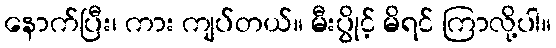
နောက်ပြီး၊ ကား ကျပ်တယ်။ မီးပွိုင့် မိရင် ကြာလို့ပါ။